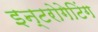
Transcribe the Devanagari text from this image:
इन्टरोगेटिंग